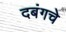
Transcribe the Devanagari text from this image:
दबंगचे